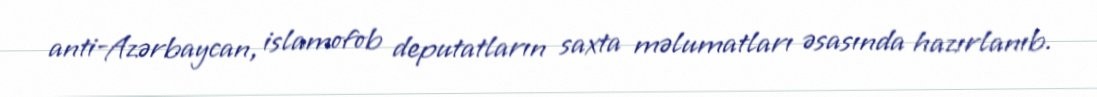
anti-Azərbaycan, islamofob deputatların saxta məlumatları əsasında hazırlanıb.